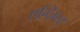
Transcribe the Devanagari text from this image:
एग्ज़िस्ट